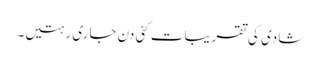
شادی کی تقریبات کئی دن جاری رہتیں۔